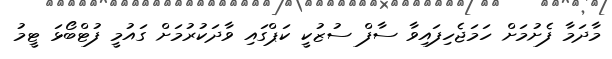
މާދަމާ ފެށުމަށް ހަމަޖެހިފައިވާ ސާފް ސުޒުކީ ކަޕްގައި ވާދަކުރުމަށް ގައުމީ ފުޓްބޯޅަ ޓީމު